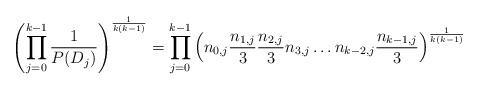
LaTeX: \begin{align*} \left(\prod^{k-1}_{j=0} \dfrac{1}{P(D_{j})}\right)^{\frac{1}{k(k-1)}} &= \prod^{k-1}_{j=0}\left(n_{0,j}\frac{n_{1,j}}{3}\frac{n_{2,j}}{3}{n_{3,j}}\ldots n_{k-2,j} \frac{n_{k-1,j}}{3}\right)^{\frac{1}{k(k-1)}} \end{align*}